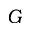
G